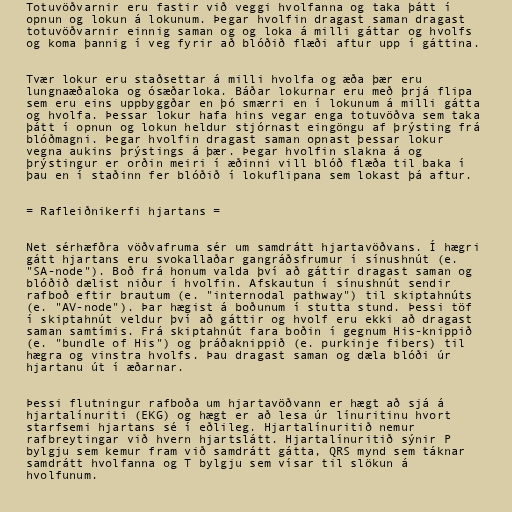
Totuvöðvarnir eru fastir við veggi hvolfanna og taka þátt í
opnun og lokun á lokunum. Þegar hvolfin dragast saman dragast
totuvöðvarnir einnig saman og og loka á milli gáttar og hvolfs
og koma þannig í veg fyrir að blóðið flæði aftur upp í gáttina.

Tvær lokur eru staðsettar á milli hvolfa og æða þær eru
lungnaæðaloka og ósæðarloka. Báðar lokurnar eru með þrjá flipa
sem eru eins uppbyggðar en þó smærri en í lokunum á milli gátta
og hvolfa. Þessar lokur hafa hins vegar enga totuvöðva sem taka
þátt í opnun og lokun heldur stjórnast eingöngu af þrýsting frá
blóðmagni. Þegar hvolfin dragast saman opnast þessar lokur
vegna aukins þrýstings á þær. Þegar hvolfin slakna á og
þrýstingur er orðin meiri í æðinni vill blóð flæða til baka í
þau en í staðinn fer blóðið í lokuflipana sem lokast þá aftur.

= Rafleiðnikerfi hjartans =

Net sérhæfðra vöðvafruma sér um samdrátt hjartavöðvans. Í hægri
gátt hjartans eru svokallaðar gangráðsfrumur í sínushnút (e.
"SA-node"). Boð frá honum valda því að gáttir dragast saman og
blóðið dælist niður í hvolfin. Afskautun í sínushnút sendir
rafboð eftir brautum (e. "internodal pathway") til skiptahnúts
(e. "AV-node"). Þar hægist á boðunum í stutta stund. Þessi töf
í skiptahnút veldur því að gáttir og hvolf eru ekki að dragast
saman samtímis. Frá skiptahnút fara boðin í gegnum His-knippið
(e. "bundle of His") og þráðaknippið (e. purkinje fibers) til
hægra og vinstra hvolfs. Þau dragast saman og dæla blóði úr
hjartanu út í æðarnar.

Þessi flutningur rafboða um hjartavöðvann er hægt að sjá á
hjartalínuriti (EKG) og hægt er að lesa úr línuritinu hvort
starfsemi hjartans sé í eðlileg. Hjartalínuritið nemur
rafbreytingar við hvern hjartslátt. Hjartalínuritið sýnir P
bylgju sem kemur fram við samdrátt gátta, QRS mynd sem táknar
samdrátt hvolfanna og T bylgju sem vísar til slökun á
hvolfunum.